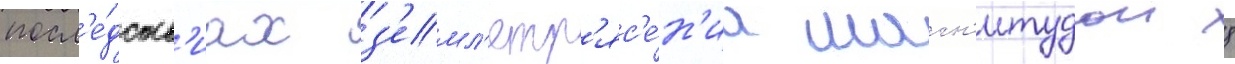
посл'е́дств'иах з'емл'етр'яс'е́н'иа магн'итудои 8